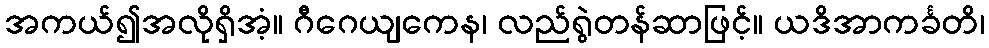
အကယ်၍အလိုရှိအံ့။ ဂီဂေယျကေန၊ လည်ရွဲတန်ဆာဖြင့်။ ယဒိအာကင်္ခတိ၊